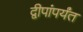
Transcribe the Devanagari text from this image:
द्वीपांपर्यंत